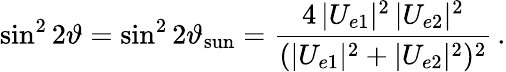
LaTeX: \sin^{2}2\vartheta=\sin^{2}2\vartheta_{\mathrm{sun}}=\frac{4\, |U_{e1}|^{2}\, |U_{e2}|^{2}}{(|U_{e1}|^{2}+|U_{e2}|^{2})^{2}}\, .